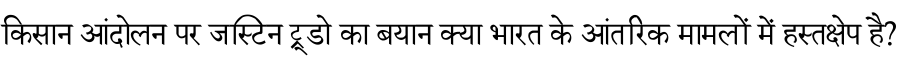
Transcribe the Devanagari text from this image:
किसान आंदोलन पर जस्टिन ट्रूडो का बयान क्या भारत के आंतरिक मामलों में हस्तक्षेप है?